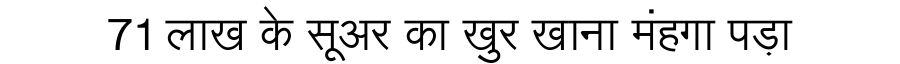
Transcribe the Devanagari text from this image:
71 लाख के सूअर का खुर खाना मंहगा पड़ा